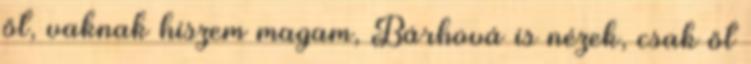
őt, vaknak hiszem magam, Bárhová is nézek, csak őt